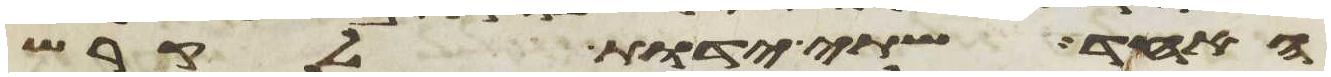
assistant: האחד שתי ידות לקרש